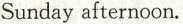
Sunday afternoon.